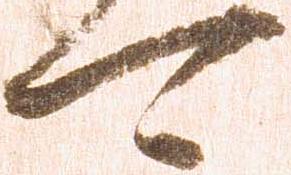
可